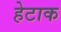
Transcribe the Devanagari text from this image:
हेटाक